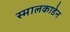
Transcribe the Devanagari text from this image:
स्मालकाडेन